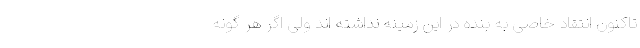
تاکنون انتقاد خاصی به بنده در این زمینه نداشته اند ولی اگر هر گونه